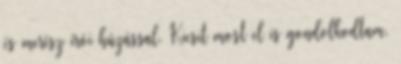
és merész írói húzással. Kicsit most el is gondolkodtam,